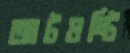
আটষষ্টি